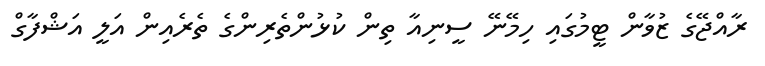
ރާއްޖޭގެ ޒުވާން ޓީމުގައި ހިމޭނޭ ސީނިއާ ތިން ކުޅުންތެރިންގެ ތެރެއިން އަލީ އަޝްފާގް